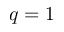
q = 1